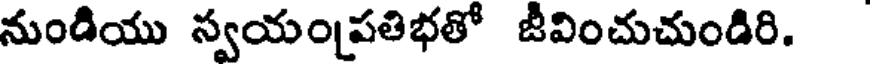
నుండియు స్వయంపతిభతో జీవించుచుండిరి.